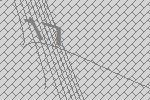
17